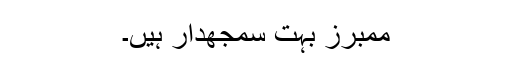
ممبرز بہت سمجھدار ہیں۔